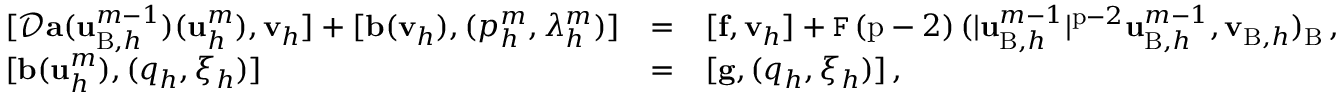
\begin{array} { l l l } { [ \mathcal { D } \mathbf { a } ( \mathbf { u } _ { \mathrm { B } , h } ^ { m - 1 } ) ( \mathbf { u } _ { h } ^ { m } ) , { \mathbf { v } } _ { h } ] + [ \mathbf { b } ( { \mathbf { v } } _ { h } ) , ( p _ { h } ^ { m } , \lambda _ { h } ^ { m } ) ] } & { = } & { [ \mathbf { f } , { \mathbf { v } } _ { h } ] + \mathtt { F } \, ( \mathrm { p } - 2 ) \, ( | \mathbf { u } _ { \mathrm { B } , h } ^ { m - 1 } | ^ { \mathrm { p } - 2 } \mathbf { u } _ { \mathrm { B } , h } ^ { m - 1 } , { \mathbf { v } } _ { \mathrm { B } , h } ) _ { \mathrm { B } } \, , } \\ { [ \mathbf { b } ( \mathbf { u } _ { h } ^ { m } ) , ( q _ { h } , \xi _ { h } ) ] } & { = } & { [ \mathbf { g } , ( q _ { h } , \xi _ { h } ) ] \, , } \end{array}